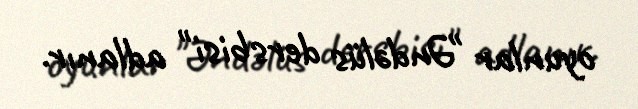
oyunlar "Əndəlüs dersbisi" adlanır.